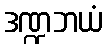
ဒဏ္ဍဘယံ